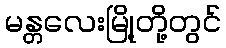
မန္တလေးမြို့တို့တွင်